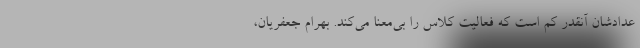
عدادشان آنقدر کم است که فعالیت کلاس را بی‌معنا می‌کند. بهرام جعفریان،